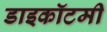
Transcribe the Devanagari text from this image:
डाइकॉटमी